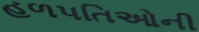
હળપતિઓની